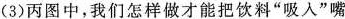
(3)丙图中，我们怎样做才能把饮料”吸入”嘴